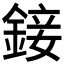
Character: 𨨧